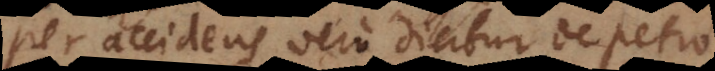
per accidens vero dicitur de Petro